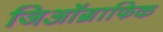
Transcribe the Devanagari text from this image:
जिऑग्राफिक